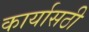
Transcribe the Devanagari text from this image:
कार्यासठी